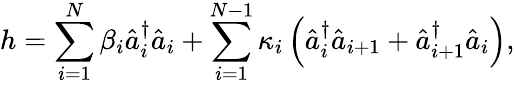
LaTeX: h=\sum_{i=1}^{N}\beta_{i}\hat{a}_{i}^{\dagger}\hat{a}_{i}+\sum_{i=1}^{N-1}\kappa_{i}\left(\hat{a}_{i}^{\dagger}\hat{a}_{i+1}+\hat{a}_{i+1}^{\dagger}\hat{a}_{i}\right),